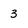
Character: 3